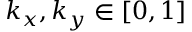
k _ { x } , k _ { y } \in [ 0 , 1 ]